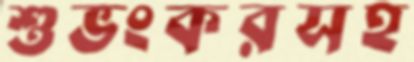
শুভংকরসহ